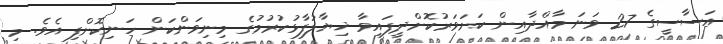
އަސާސީގެ 27 ވަނަ މާއްދާއިން ކަށަވަރުކޮށްދީފައިވާ ޚިޔާލުފާޅުކުރުމުގެ މިނިވަންކަން ހަނިކޮށްފި އެވެ. މި